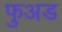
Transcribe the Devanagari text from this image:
फुअड